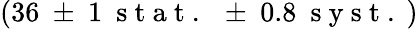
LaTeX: (36~\pm~1~\mathrm{~s~t~a~t~.~}~\pm~0.8~\mathrm{~s~y~s~t~.~})